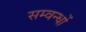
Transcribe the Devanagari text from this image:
सम्वन्धों